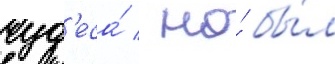
чуд'еса́ / но́ бы́л